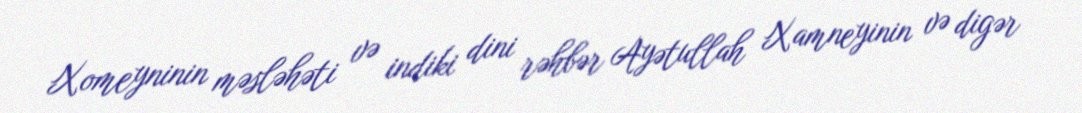
Xomeyninin məsləhəti və indiki dini rəhbər Ayətullah Xamneyinin və digər